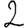
Digit: 2